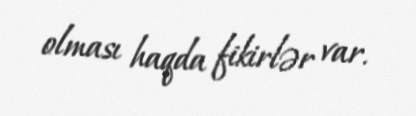
olması haqda fikirlər var.